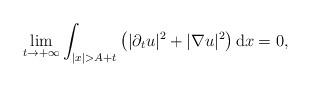
LaTeX: \begin{align*} \lim_{t \to + \infty} \int_{|x|> A+ t} \left( |\partial_t u|^2 + |\nabla u|^2 \right) \mathrm{d}x = 0,\end{align*}